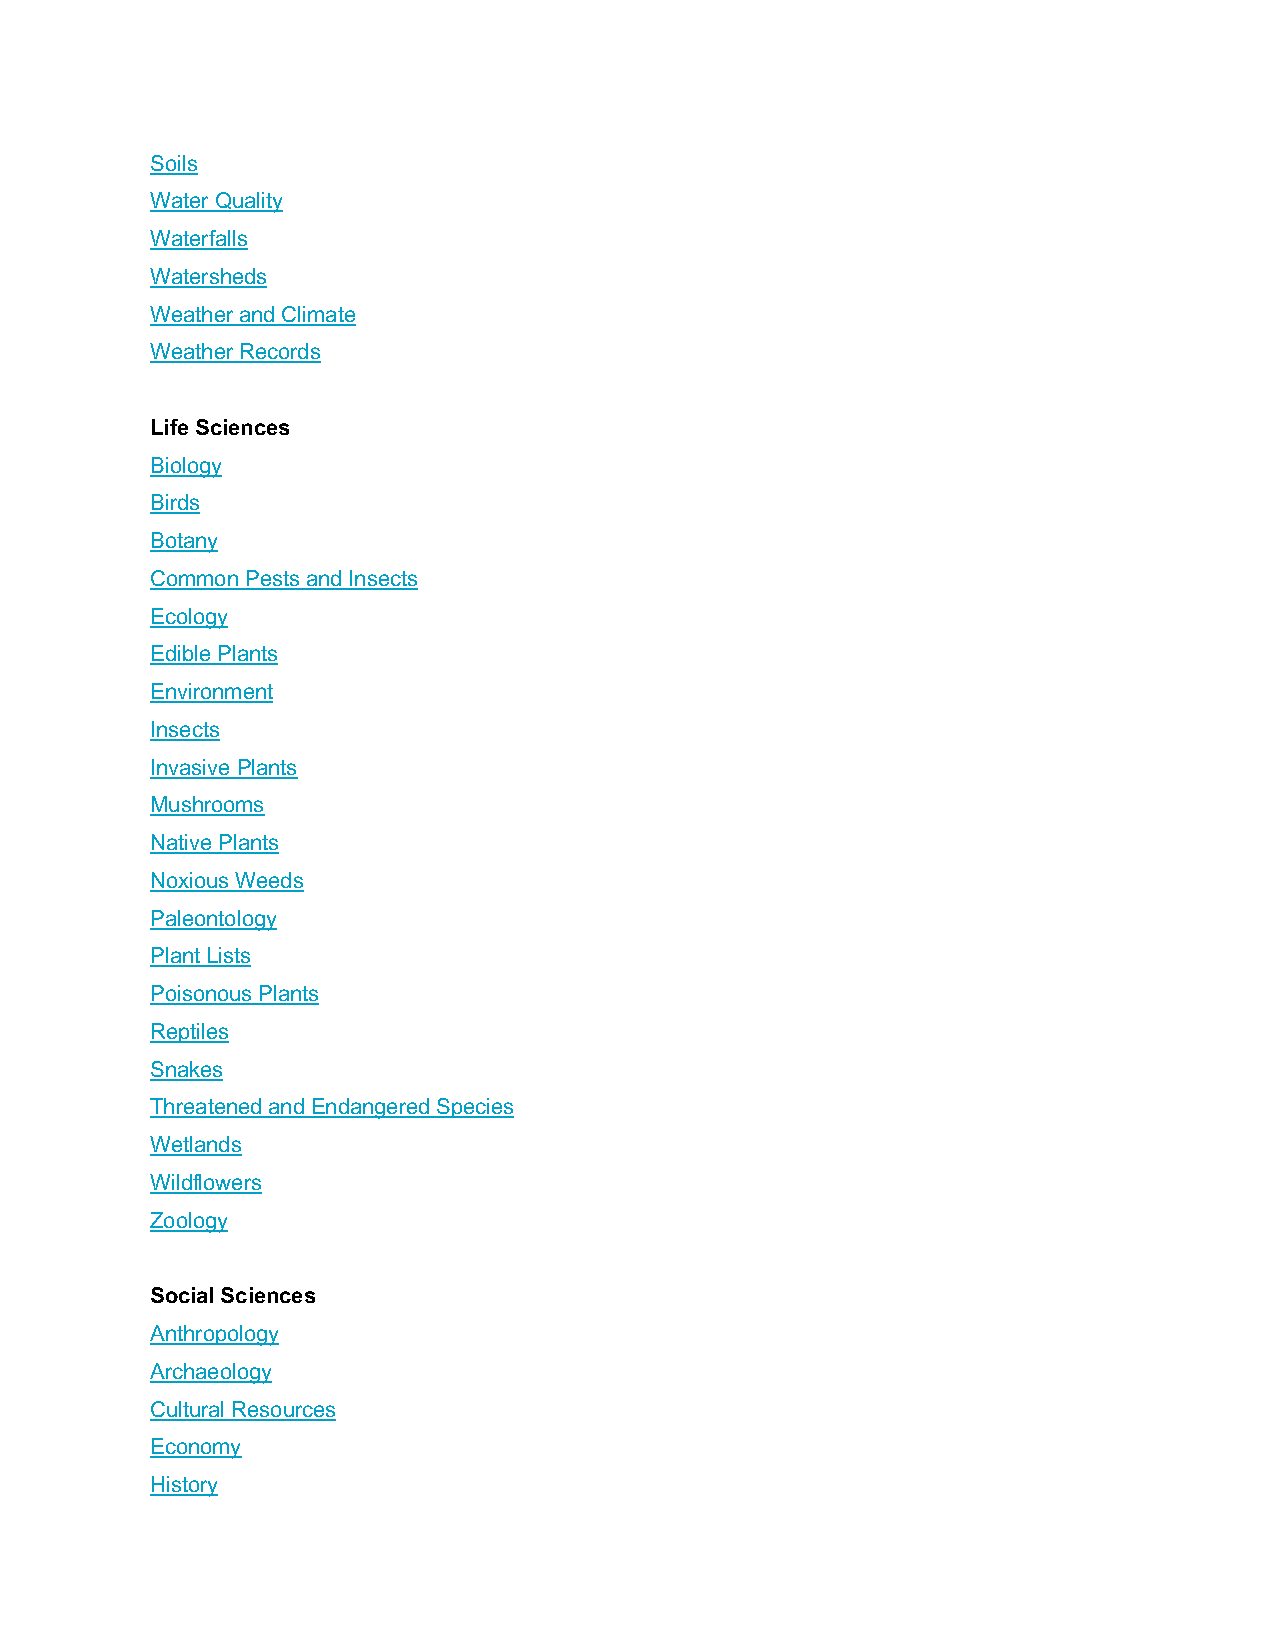
Soils
 Water Quality
 Waterfalls
 Watersheds
 Weather and Climate
 Weather Records
 Life Sciences
 Biology
 Birds
 Botany
 Common Pests and Insects
 Ecology
 Edible Plants
 Environment
 Insects
 Invasive Plants
 Mushrooms
 Native Plants
 Noxious Weeds
 Paleontology
 Plant Lists
 Poisonous Plants
 Reptiles
 Snakes
 Threatened and Endangered Species
 Wetlands
 Wildflowers
 Zoology
 Social Sciences
 Anthropology
 Archaeology
 Cultural Resources
 Economy
 History